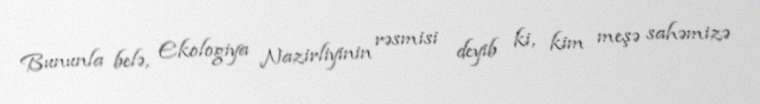
Bununla belə, Ekologiya Nazirliyinin rəsmisi deyib ki, kim meşə sahəmizə